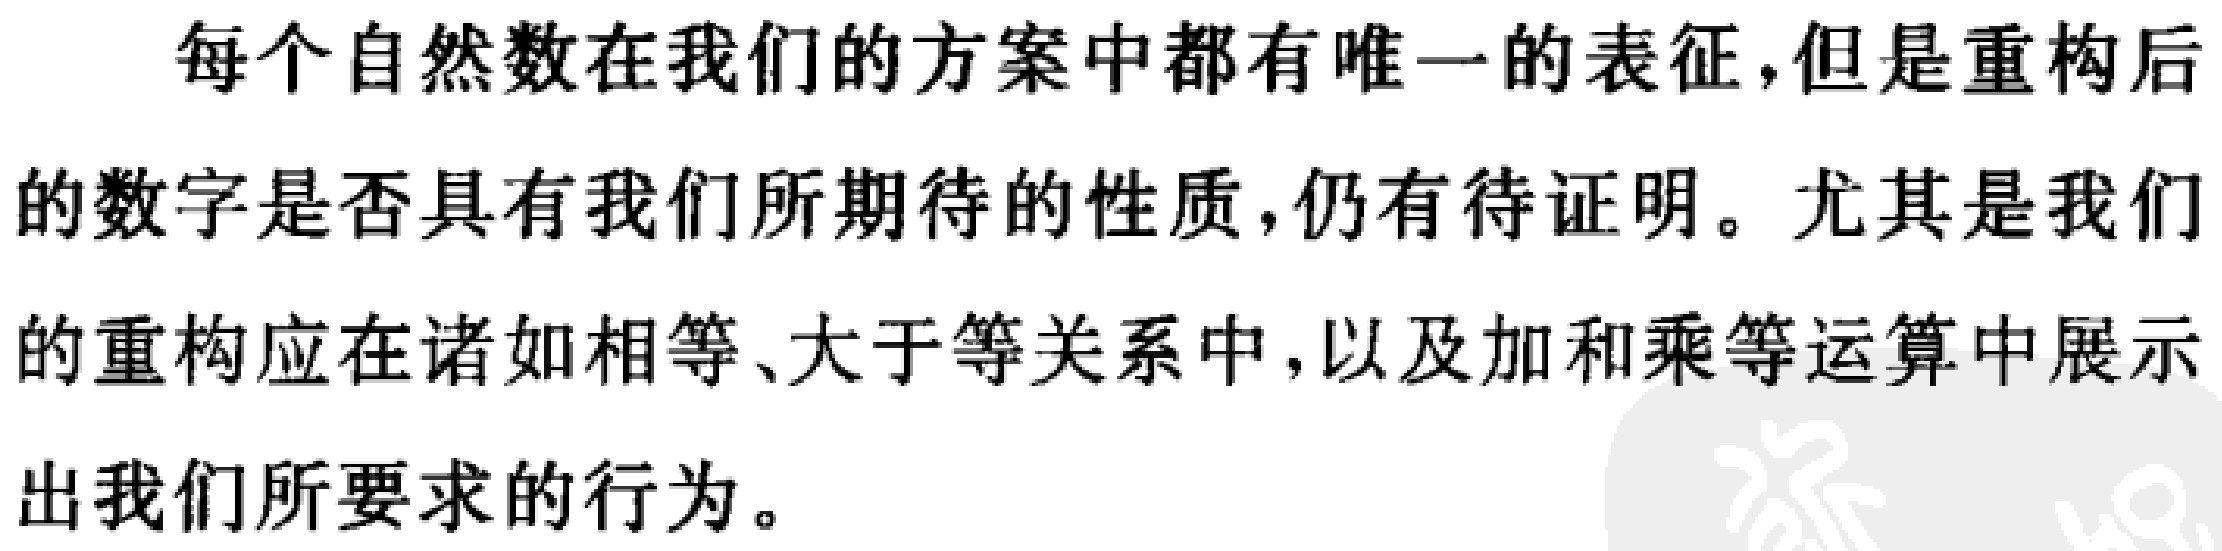
每个自然数在我们的方案中都有唯一的表征,但是重构后的数字是否具有我们所期待的性质,仍有待证明。尤其是我们的重构应在诸如相等、大于等关系中,以及加和乘等运算中展示出我们所要求的行为。